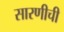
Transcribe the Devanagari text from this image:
सारणीची